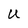
Character: U